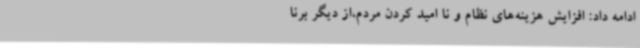
ادامه داد: افزایش هزینه‌های نظام و نا امید کردن مردم،از دیگر برنا